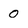
Character: 0